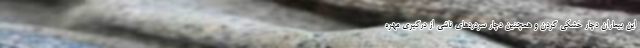
این بیماران دچار خشکی گردن و همچنین دچار سردردهای ناشی از درگیری مهره